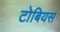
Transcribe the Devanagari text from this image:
टोबियस